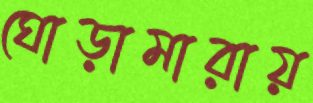
ঘোড়ামারায়